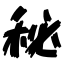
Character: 秘